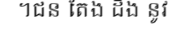
។ជន តែង ដឹង នូវ